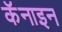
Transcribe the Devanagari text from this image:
कॅनाइन